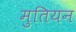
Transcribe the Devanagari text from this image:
मुतियन